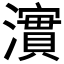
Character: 𤁂